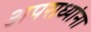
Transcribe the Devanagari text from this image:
अपराध्यांना